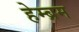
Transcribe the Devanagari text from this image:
हेम्‍ब्रम